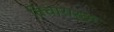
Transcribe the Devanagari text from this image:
विचारार्क